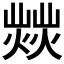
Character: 𤎸